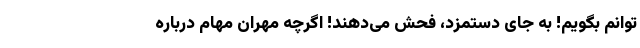
‌توانم بگویم! به جای دستمزد، فحش می‌دهند! اگرچه مهران مهام درباره